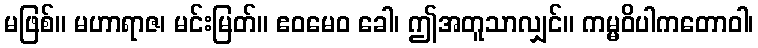
မဖြစ်။ မဟာရာဇ၊ မင်းမြတ်။ ဧဝမေဝ ခေါ၊ ဤအတူသာလျှင်။ ကမ္မဝိပါကတောဝါ၊